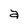
Character: a